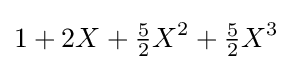
1+2X+{\tfrac {5}{2}}X^{2}+{\tfrac {5}{2}}X^{3}